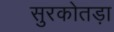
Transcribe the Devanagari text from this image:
सुरकोतड़ा